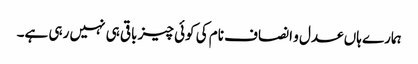
ہمارے ہاں عدل و انصاف نام کی کوئی چیز باقی ہی نہیں رہی ہے۔